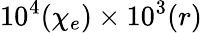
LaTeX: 10^{4}(\chi_{e})\times 10^{3}(r)